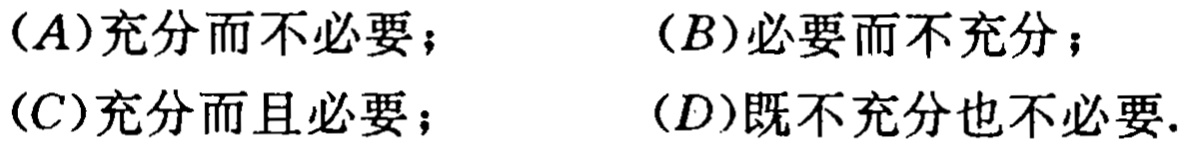
(A)充分而不必要；(B)必要而不充分；(C)充分而且必要；(D)既不充分也不必要.